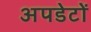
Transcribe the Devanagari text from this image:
अपडेटों